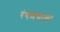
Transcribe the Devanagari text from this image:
रंगमंचाला